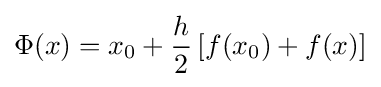
\Phi (x)=x_{0}+{\frac {h}{2}}\left[f(x_{0})+f(x)\right]